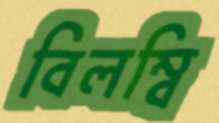
বিলম্বি